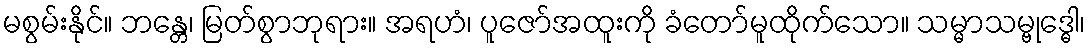
မစွမ်းနိုင်။ ဘန္တေ၊ မြတ်စွာဘုရား။ အရဟံ၊ ပူဇော်အထူးကို ခံတော်မူထိုက်သော။ သမ္မာသမ္ဗုဒ္ဓေါ၊